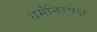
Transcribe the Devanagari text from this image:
धर्मंनिरपेक्ष